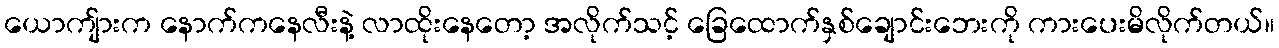
ယောကျ်ားက နောက်ကနေလီးနဲ့ လာထိုးနေတော့ အလိုက်သင့် ခြေထောက်နှစ်ချောင်းဘေးကို ကားပေးမိလိုက်တယ်။